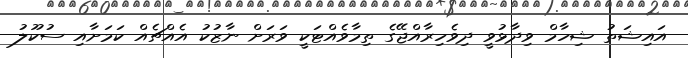
އައިޝަތު ޝިހާމް ވިދާޅުވީ ދިވެހިރާއްޖޭގެ ތިމާވެއްޓަކީ ވަރަށް ނާޒުކު އެއްޗެއް ކަމަށާއި ސުކޫލު